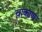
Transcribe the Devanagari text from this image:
चाकाण